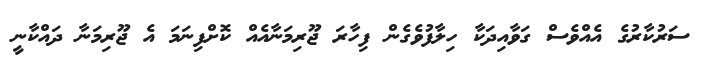
ސަރުކާރުގެ އެއްވެސް ގަވާއިދަކާ ހިލާފުވެގެން ފިހާރަ ޖޫރިމަނާއެއް ކޮށްފިނަމަ އެ ޖޫރިމަނާ ދައްކާނީ